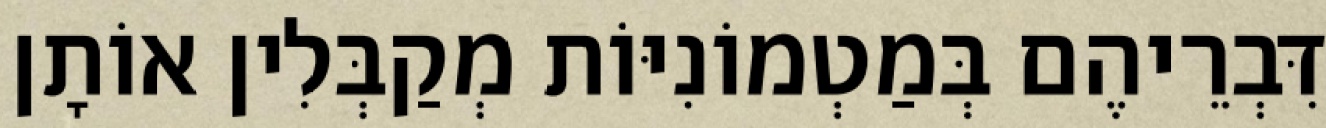
דִּבְרֵיהֶם בְּמַטְמוֹנִיּוֹת מְקַבְּלִין אוֹתָן